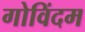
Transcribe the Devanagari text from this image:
गोविंदम